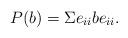
LaTeX: \begin{align*} P(b) = \Sigma e_{ii} b e_{ii}. \end{align*}